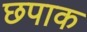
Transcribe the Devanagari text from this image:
छपाक